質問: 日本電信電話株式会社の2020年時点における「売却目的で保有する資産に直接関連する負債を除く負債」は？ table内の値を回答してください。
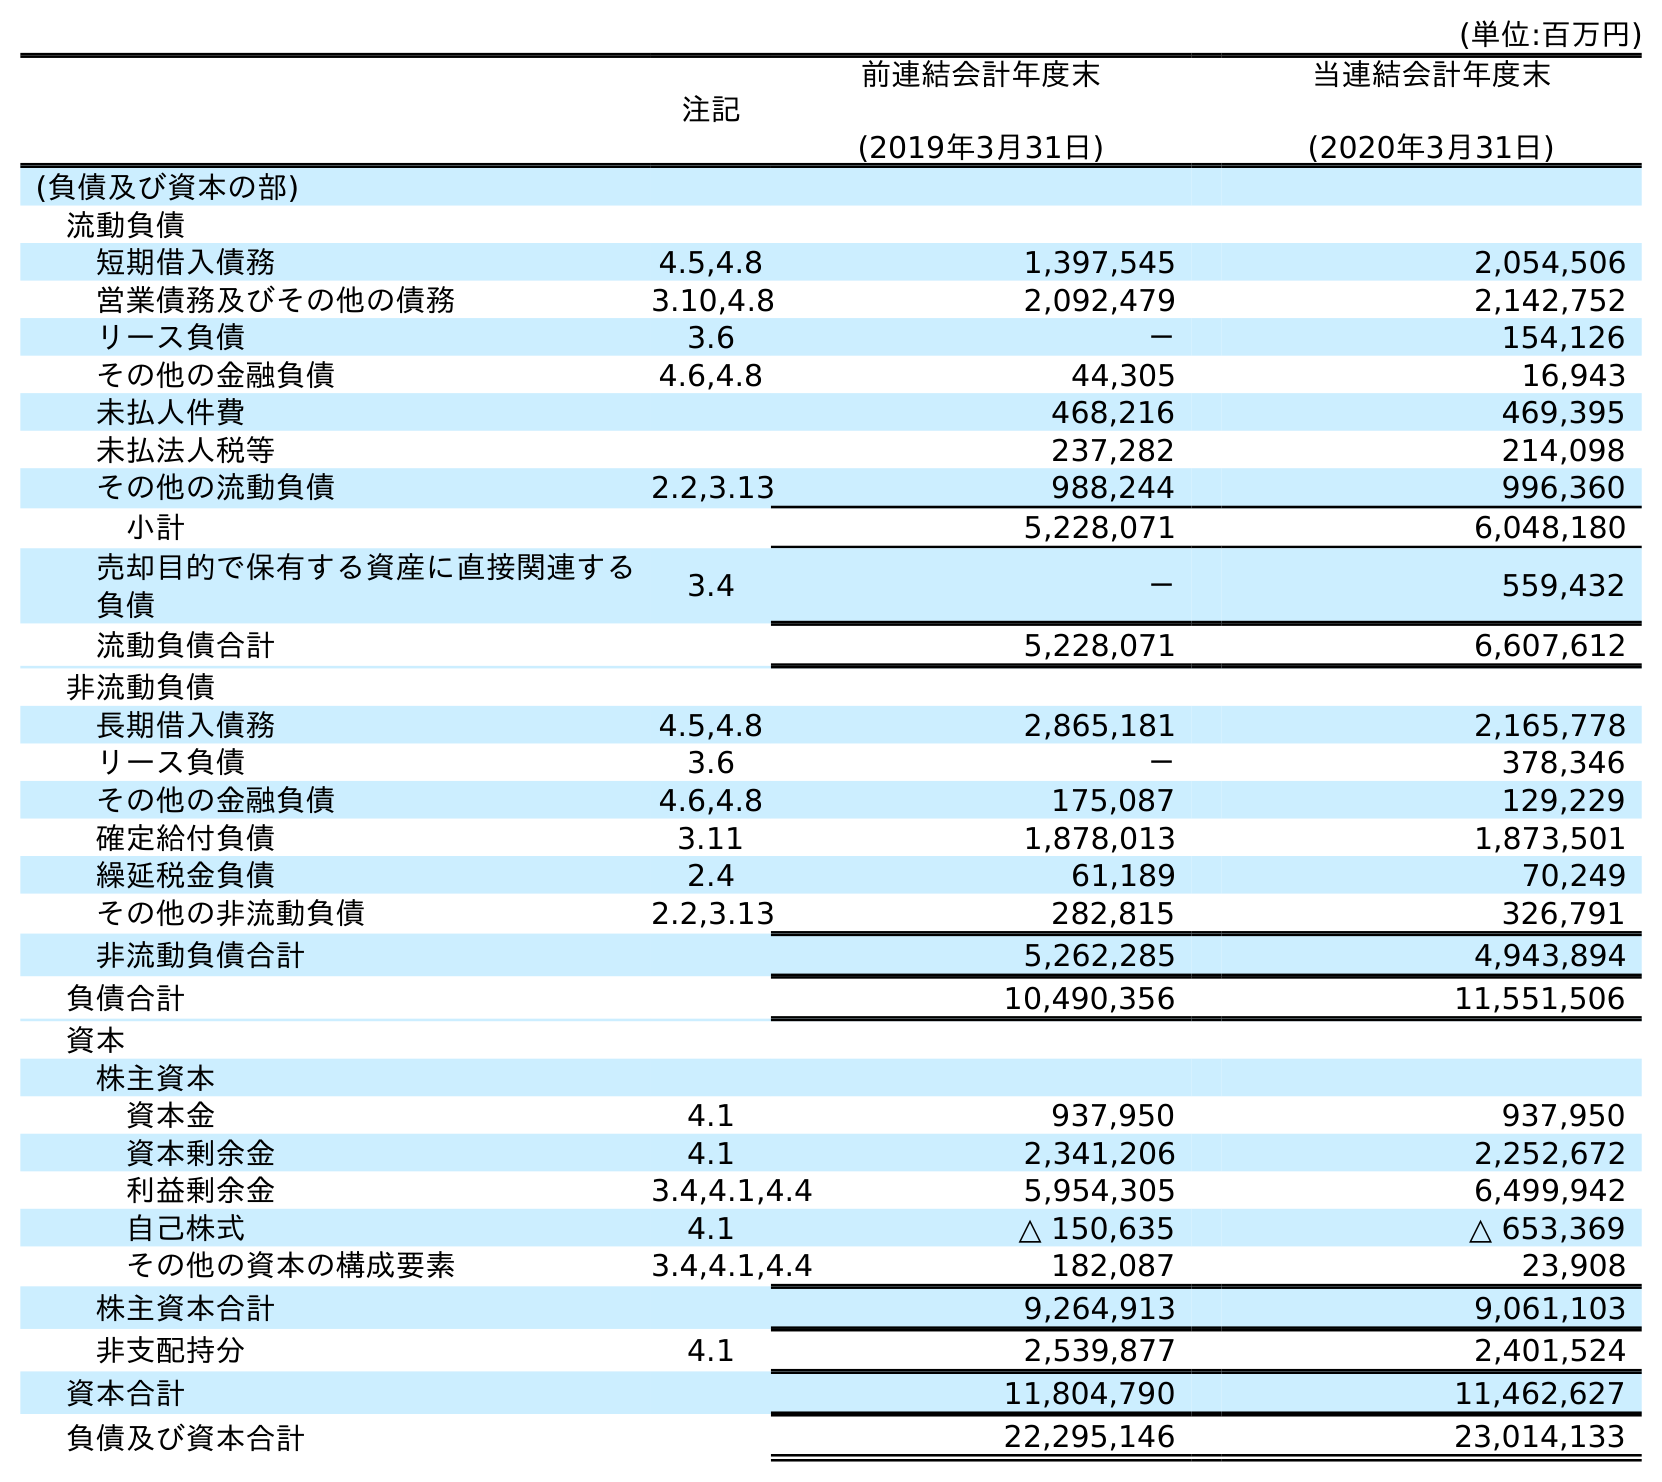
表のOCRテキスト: (単位:百万円) 注記 前連結会計年度末 (2019年3月31日) 当連結会計年度末 (2020年3月31日) (負債及び資本の部) 流動負債 短期借入債務 4.5,4.8 1,397,545 2,054,506 営業債務及びその他の債務 3.10,4.8 2,092,479 2,142,752 リース負債 3.6 － 154,126 その他の金融負債 4.6,4.8 44,305 16,943 未払人件費 468,216 469,395 未払法人税等 237,282 214,098 その他の流動負債 2.2,3.13 988,244 996,360 小計 5,228,071 6,048,180 売却目的で保有する資産に直接関連する 負債 3.4 － 559,432 流動負債合計 5,228,071 6,607,612 非流動負債 長期借入債務 4.5,4.8 2,865,181 2,165,778 リース負債 3.6 － 378,346 その他の金融負債 4.6,4.8 175,087 129,229 確定給付負債 3.11 1,878,013 1,873,501 繰延税金負債 2.4 61,189 70,249 その他の非流動負債 2.2,3.13 282,815 326,791 非流動負債合計 5,262,285 4,943,894 負債合計 10,490,356 11,551,506 資本 株主資本 資本金 4.1 937,950 937,950 資本剰余金 4.1 2,341,206 2,252,672 利益剰余金 3.4,4.1,4.4 5,954,305 6,499,942 自己株式 4.1 △ 150,635 △ 653,369 その他の資本の構成要素 3.4,4.1,4.4 182,087 23,908 株主資本合計 9,264,913 9,061,103 非支配持分 4.1 2,539,877 2,401,524 資本合計 11,804,790 11,462,627 負債及び資本合計 22,295,146 23,014,133
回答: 6,048,180